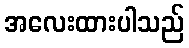
အလေးထားပါသည်